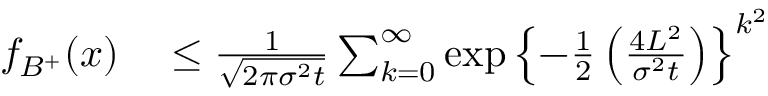
\begin{array} { r l } { f _ { B ^ { + } } ( x ) } & { { } \leq \frac { 1 } { \sqrt { 2 \pi \sigma ^ { 2 } t } } \sum _ { k = 0 } ^ { \infty } \exp \left\lbrace - \frac { 1 } { 2 } \left( \frac { 4 L ^ { 2 } } { \sigma ^ { 2 } t } \right) \right\rbrace ^ { k ^ { 2 } } } \end{array}